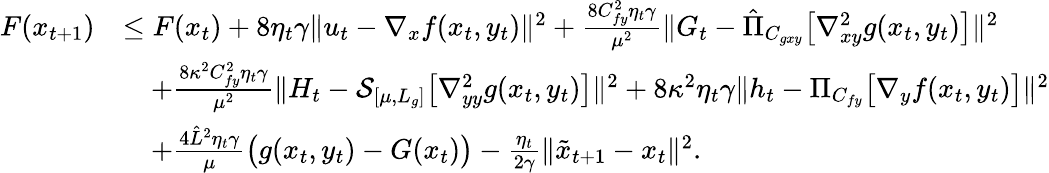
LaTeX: \begin{array}{rl}{F(x_{t+1})}&{\leq F(x_{t})+8\eta_{t}\gamma\| u_{t}-\nabla_{x}f(x_{t},y_{t})\| ^{2}+\frac{8C_{fy}^{2}\eta_{t}\gamma}{\mu^{2}}\| G_{t}-\hat{\Pi}_{C_{gxy}}\big[\nabla_{xy}^{2}g(x_{t},y_{t})\big]\| ^{2}}\\ &{\quad+\frac{8\kappa^{2}C_{fy}^{2}\eta_{t}\gamma}{\mu^{2}}\| H_{t}-\mathcal{S}_{[\mu,L_{g}]}\big[\nabla_{yy}^{2}g(x_{t},y_{t})\big]\| ^{2}+8\kappa^{2}\eta_{t}\gamma\| h_{t}-\Pi_{C_{fy}}\big[\nabla_{y}f(x_{t},y_{t})\big]\| ^{2}}\\ &{\quad+\frac{4\hat{L}^{2}\eta_{t}\gamma}{\mu}\big(g(x_{t},y_{t})-G(x_{t})\big)-\frac{\eta_{t}}{2\gamma}\| \tilde{x}_{t+1}-x_{t}\| ^{2}.}\end{array}